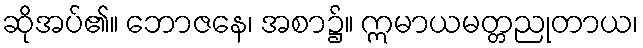
ဆိုအပ်၏။ ဘောဇနေ၊ အစာ၌။ ဣမာယမတ္တညုတာယ၊